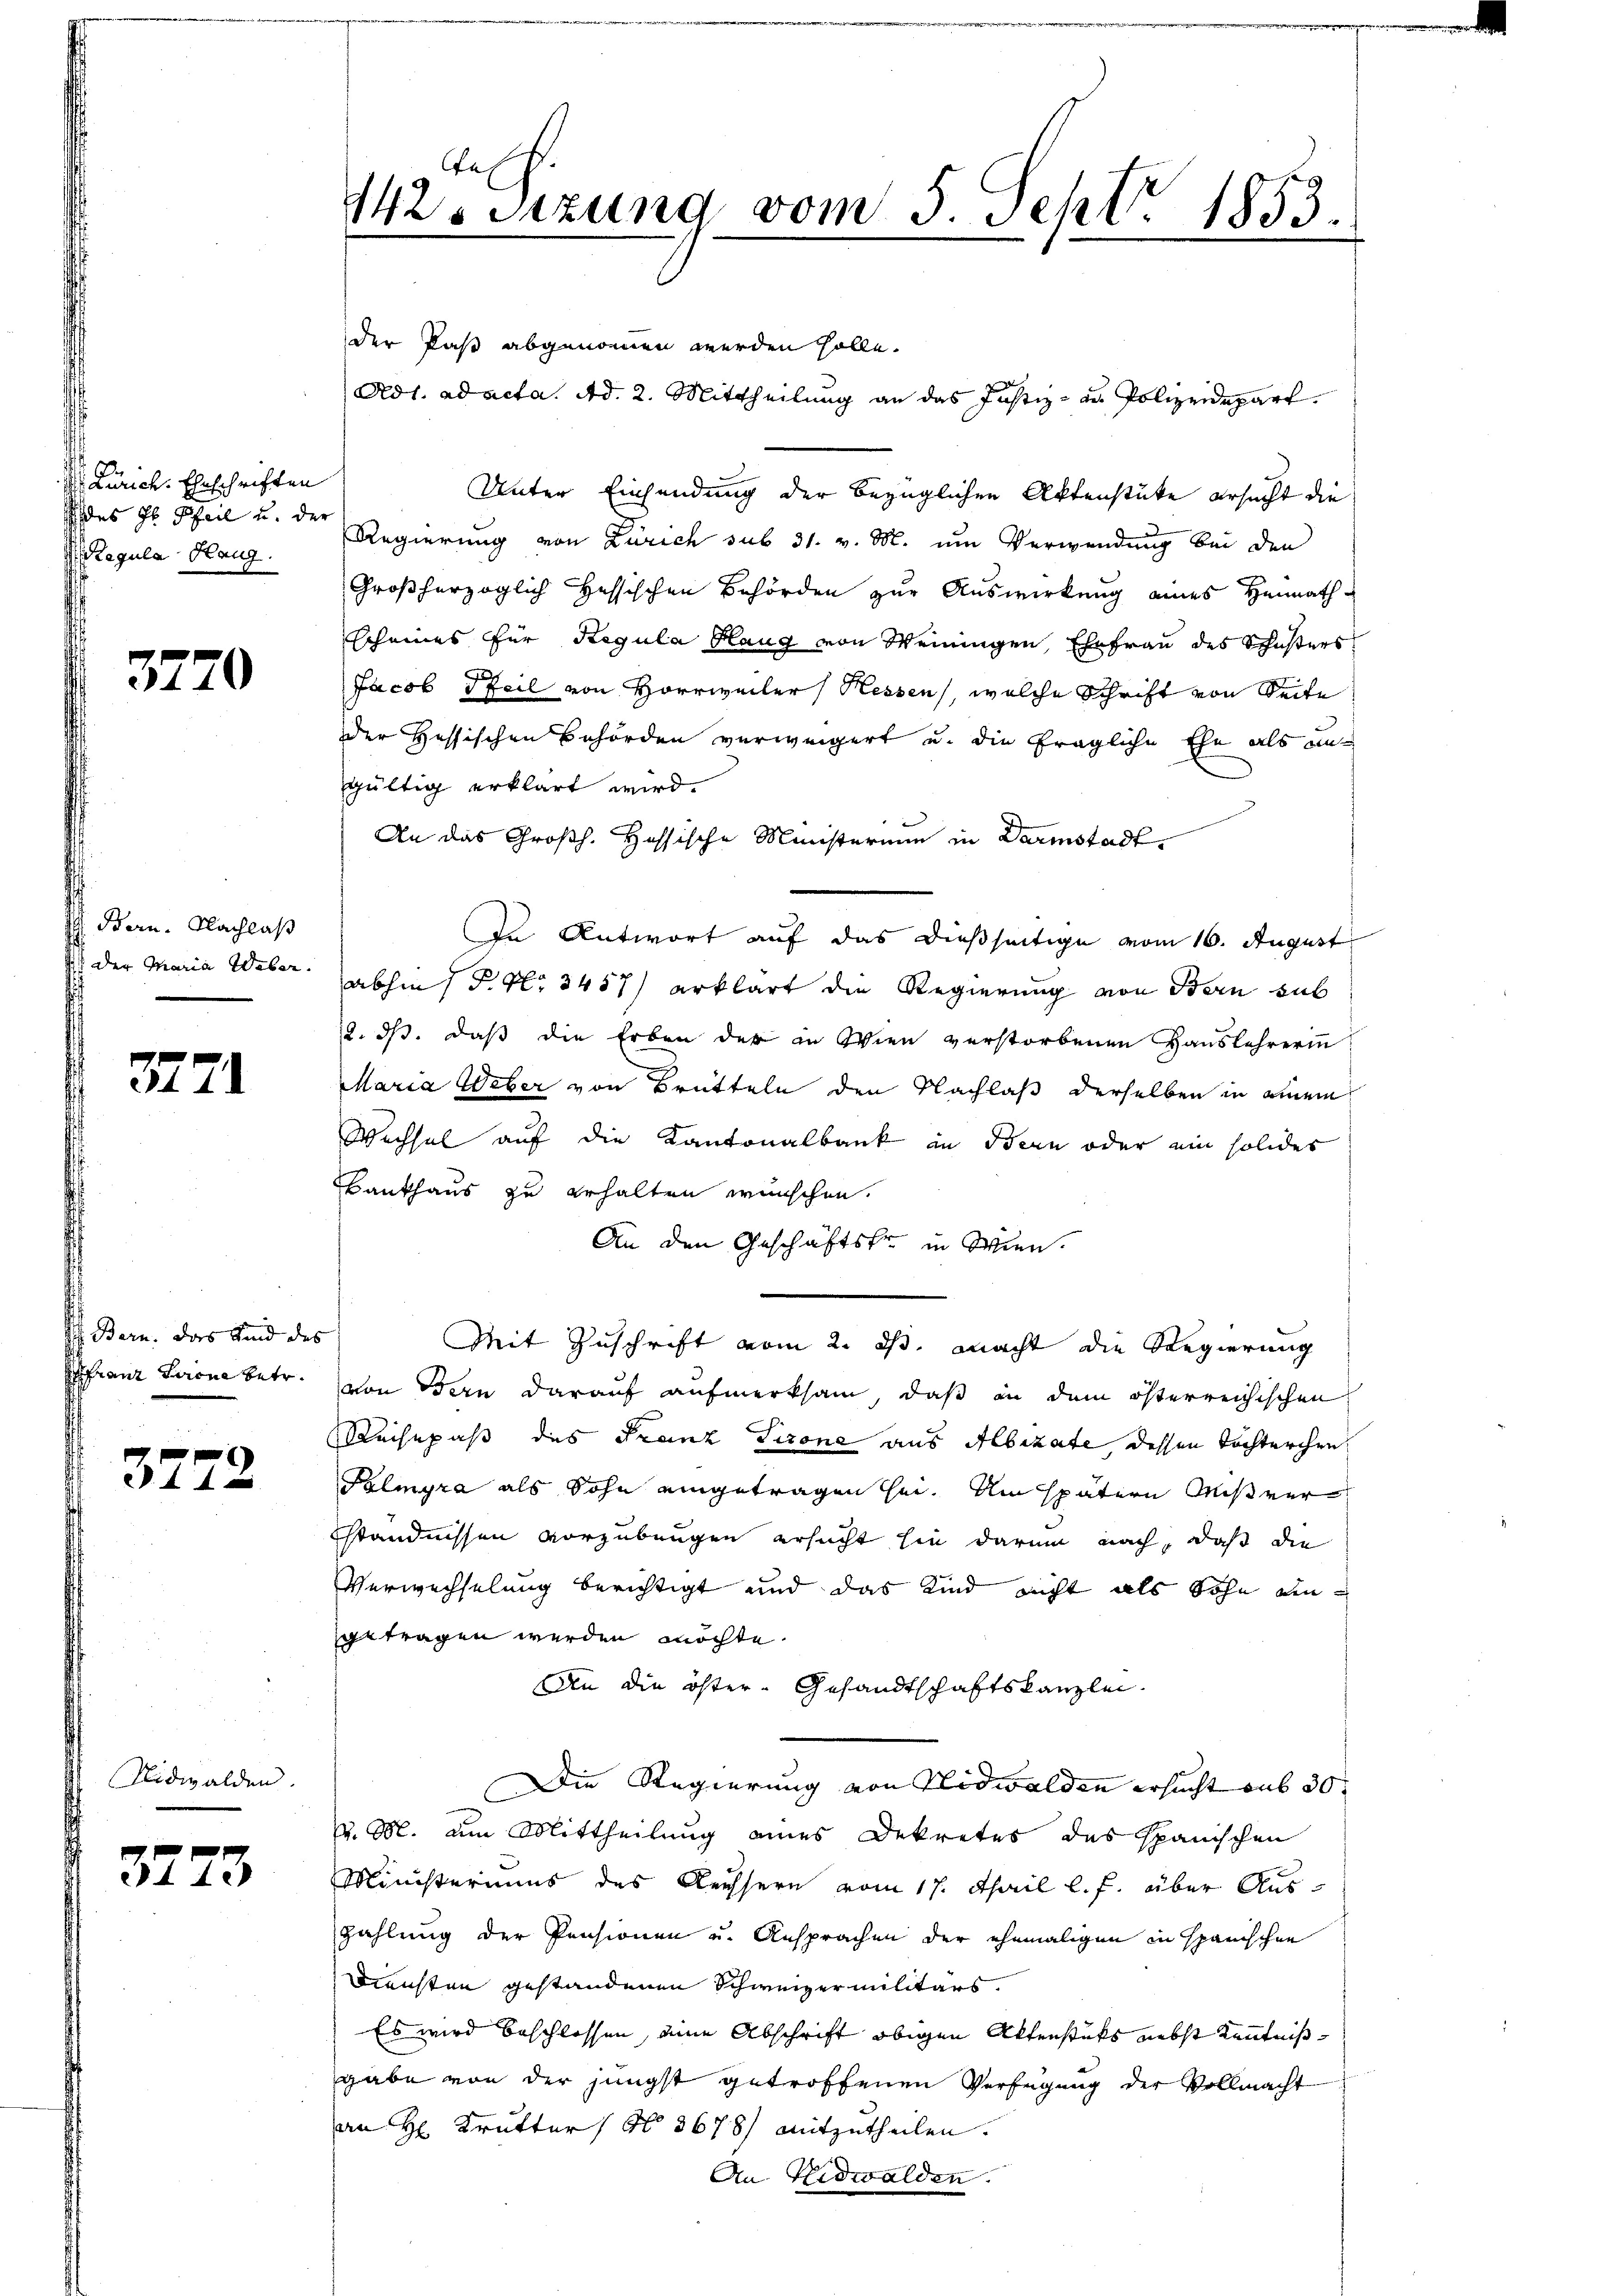
J. Zürich. Eheschriften
s des Hr. Pfeil u. der
Regula Haug.

3770

h. Bern. Nachlaß
sit der Maria Weber.

3771

Bern das Kind des
franz Lerne betr.

3772

Nidwalden

3773

Cas
12. Sitzung vom 5. Sept. 1853.

der Paß abgenommen werden solle.
Adt. ad acta. Ad. 2. Mittheilung an das Justiz- u Polizeidepart
Unter Einsendung der bezüglichen Aktenstüke ersucht die
Regierung von Zürich sub 31. v. M. um Verwendung bei den
Großherzoglich Hessischen Behörden zur Auswirkung eines Heimathscheines für Regula Haug von Weiningen, Ehefrau des Schusters
Jacob Pfeil von Horrweiler Hessen, welche Schrift von Seite
der Hessischen Behörden verweigert u. die fragliche Ehe als un
gültig erklärt wird.
An das Großh. Hassische Ministerium in Darmstadt¬
In Antwort auf das dießseitige vom 16. August
abhin 1 S. Nr. 3457) erklärt die Regierung von Bern sub
2. ds. daß die Erben der in Wien verstorbenen Hauslehrerin
Maria Weber von Brütteln den Nachlaß derselben in einem
Wechsel auf die Kantonalbank in Bern oder ein solides
Bauhaus zu erhalten wünschen.
An den Geschäftsfr. in Wien.
Mit Zuschrift vom 2. ds. macht die Regierung
von Bern darauf aufmerksam, daß in dem österreichischen
Reisepaß des Franz Tirone aus Albizate dessen Tochterchen
Palmyra als Sohn eingetragen sei. Am spätern Mißverständnissen vorzübungen ersucht sie darum nach, daß die
Verwechselung berichtigt und das Kind nicht als Sohn eingetragen werden möchte.
An die öster Gesandtschaftskanzlei.
Die Regierung von Nidwalden ersucht aus 30. |
 M. um Mittheilung eines Dekretes des Spanischen
Ministeriums des Aeussern vom 17. April l. J. über Auszahlung der Pensionen und Ansprachen der ehemaligen in spanischen
Diensten gestandenen Schweizermilitärs.
Es wird beschlossen, eine Abschrift obigen Aktenstüks nebst Kenntnißgabe von der jüngst getroffenen Verfügung der Vollmacht
an H. Krutter / No 3678) mitzutheilen.
An Nidwalden.